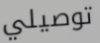
توصيلي